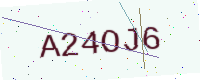
Text: A24OJ6